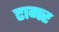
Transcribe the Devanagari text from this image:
टागर